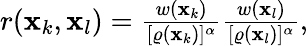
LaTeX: \begin{array}{r}{r(\mathbf{x}_{k},\mathbf{x}_{l})=\frac{w(\mathbf{x}_{k})}{{[\varrho(\mathbf{x}_{k})]^{\alpha}}}\frac{w(\mathbf{x}_{l})}{{[\varrho(\mathbf{x}_{l})]^{\alpha}}},}\end{array}